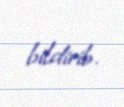
bildirib.